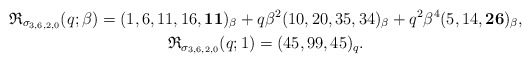
\begin{gather*}\mathfrak{R}_{\sigma_{3,6,2,0}}(q;\beta) = (1,6,11,16,{\bf 11})_{\beta} +q \beta^2 (10,20,35,34)_{\beta}+q^2 \beta^4 (5,14,{\bf 26})_{\beta},\\\mathfrak{R}_{\sigma_{3,6,2,0}}(q;1) = (45,99,45)_{q}.\end{gather*}